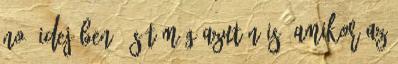
Noé idejében , sőt még azután is, amikor az